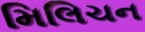
મિલિચન